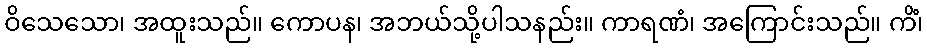
ဝိသေသော၊ အထူးသည်။ ကောပန၊ အဘယ်သို့ပါသနည်း။ ကာရဏံ၊ အကြောင်းသည်။ ကိံ၊